system: You are a helpful assistant.
user:
Analyze the provided spectrum to determine if it is a **Carbon Star (C-type)**.

- **Key Visual Indicators of Carbon Star:**
    - **(Primary):** Strong molecular absorption from **C₂ (diatomic carbon) "Swan Bands."** This is the **defining feature** of a carbon star.
        - **(Key Bandheads):** Sharp absorption edges are visible at approximately $5635$ Å, $5165$ Å (the strongest band), and $4737$ Å.
        - **(Line Profile):** Creates a distinct **"saw-tooth"** pattern. The key morphology is a sharp, steep bandhead on the **red (long-wavelength) side**, which then gradually tapers off (i.e., flux recovers) towards the **blue (short-wavelength) side**. *(This is the direct opposite of the TiO bands seen in M-type stars)*.

    - **(Secondary):** Intense **CN (cyanogen)** molecular absorption bands.
        - **(Key Bandheads):** Located in the blue and violet regions of the spectrum (e.g., near $4215$ Å and $3883$ Å).
        - **(Morphology):** These bands are extremely broad and act as a "blanket," absorbing the vast majority of blue and violet light. This creates a characteristic **"cliff"** or **"steep drop-off"** in the spectrum's flux at short wavelengths.

    - **(Key Confirmation):** Strong **CH absorption band (G-band)**.
        - **(Key Bandhead):** Located around $4300$ Å. The contribution from CH molecules to this band is exceptionally strong.

    - **(Overall Spectrum):**
        - The continuum is severely "chopped up" by these deep molecular bands, especially C₂, rather than appearing as a smooth curve.
        - Due to the heavy CN and C₂ absorption in the blue-green, the vast majority of the star's flux is concentrated in the red part of the spectrum, giving the star its characteristic deep red color.

Think first, call **spectral_visualization_tool** if needed to examine features in detail, then provide your final answer. Your response must adhere to the following strict rules:
1.  **Overall Structure:** Your response must follow the format `<think>...</think> <tool_call>...</tool_call> (if a tool is used) <answer>...</answer>`.
2.  **Tool Usage Constraint:** You may only make **one** tool call per turn.
3.  **Final Answer Format:** In the `<answer>` tag, your conclusion must be inside a `\boxed{}` command (e.g., `\boxed{YES}`), followed by your justification.

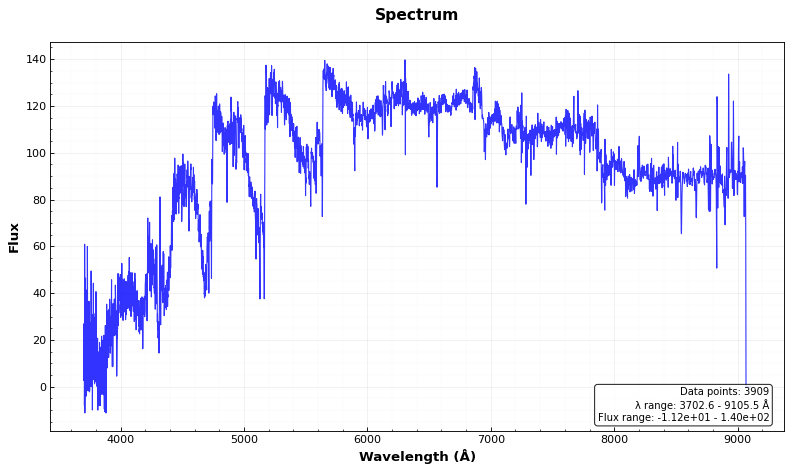
Answer: YES